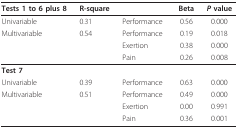
<table><thead><tr><td><b>Tests 1 to 6 plus 8</b></td><td><b>R-square</b></td><td></td><td><b>Beta</b></td><td><b><i>P </i>value</b></td></tr></thead><tbody><tr><td>Univariable</td><td>0.31</td><td>Performance</td><td>0.56</td><td>0.000</td></tr><tr><td>Multivariable</td><td>0.54</td><td>Performance</td><td>0.19</td><td>0.018</td></tr><tr><td></td><td></td><td>Exertion</td><td>0.38</td><td>0.000</td></tr><tr><td></td><td></td><td>Pain</td><td>0.26</td><td>0.008</td></tr><tr><td colspan="2"><b>Test 7</b></td><td></td><td></td><td></td></tr><tr><td>Univariable</td><td>0.39</td><td>Performance</td><td>0.63</td><td>0.000</td></tr><tr><td>Multivariable</td><td>0.51</td><td>Performance</td><td>0.49</td><td>0.000</td></tr><tr><td></td><td></td><td>Exertion</td><td>0.00</td><td>0.991</td></tr><tr><td></td><td></td><td>Pain</td><td>0.36</td><td>0.001</td></tr></tbody></table>